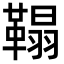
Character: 𩌇